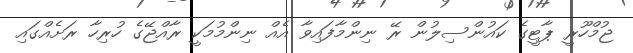
ޖުމްހޫރީ ޕާޓީގެ ކައުންސިލުން ރޭ ނިންމާފައިވާ އެއް ނިންމުމަކީ ރާއްޖޭގެ ހުރިހާ ރަށެއްގައި